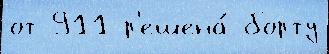
от 911 р'ешена́ борту